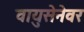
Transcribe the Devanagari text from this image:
वायुसेनेवर